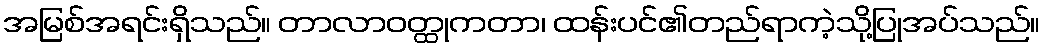
အမြစ်အရင်းရှိသည်။ တာလာဝတ္ထုကတာ၊ ထန်းပင်၏တည်ရာကဲ့သို့ပြုအပ်သည်။